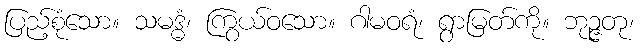
ပြည့်စုံသော။ သမဒ္ဓံ၊ ကြွယ်ဝသော။ ဂါမဝရံ၊ ရွာမြတ်ကို။ ဘုဉ္ဇတု၊